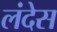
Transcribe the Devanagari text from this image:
लंदेस